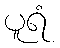
ပူရံ